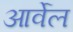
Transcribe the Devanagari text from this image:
आर्वेल